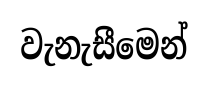
වැනැසීමෙන්